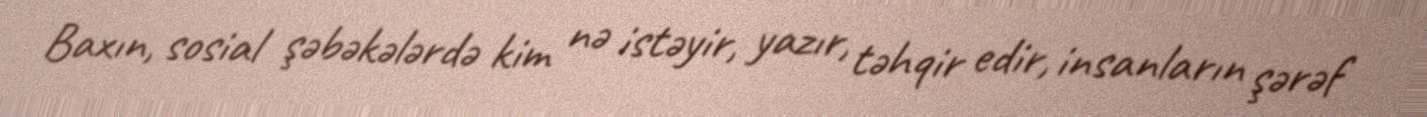
Baxın, sosial şəbəkələrdə kim nə istəyir, yazır, təhqir edir, insanların şərəf